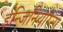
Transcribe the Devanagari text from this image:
ईन्जिनियरिन्ग